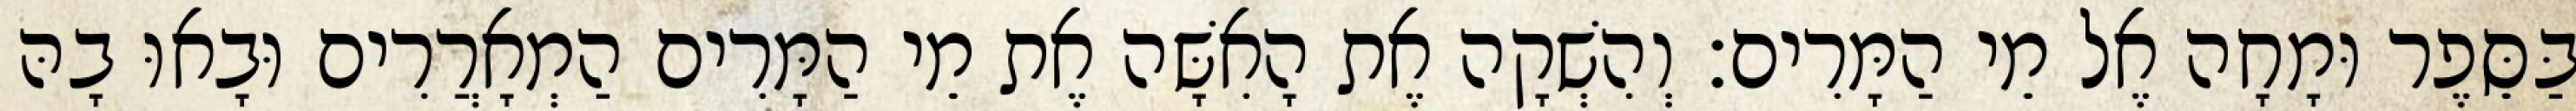
בַּסֵּפֶר וּמָחָה אֶל מֵי הַמָּרִים׃ וְהִשְׁקָה אֶת הָאִשָּׁה אֶת מֵי הַמָּרִים הַמְאָרֲרִים וּבָאוּ בָהּ